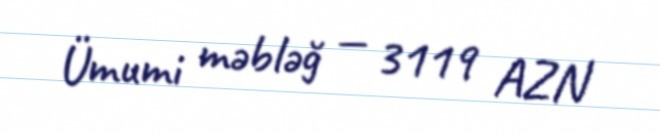
Ümumi məbləğ — 3119 AZN